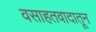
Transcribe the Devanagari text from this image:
वसाहतवादातून